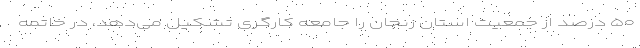
۵۰ درصد از جمعیت استان زنجان را جامعه کارگری تشکیل می‌دهد، در خاتمه